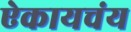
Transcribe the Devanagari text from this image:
ऐकायचंय